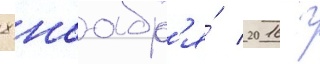
8 ноабр'я́ 2016 г